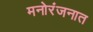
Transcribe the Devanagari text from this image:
मनोरंजनात